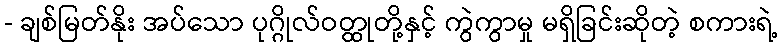
- ချစ်မြတ်နိုး အပ်သော ပုဂ္ဂိုလ်ဝတ္ထုတို့နှင့် ကွဲကွာမှု မရှိခြင်းဆိုတဲ့ စကားရဲ့